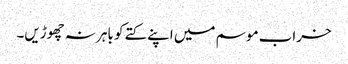
خراب موسم میں اپنے کتے کو باہر نہ چھوڑیں۔